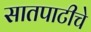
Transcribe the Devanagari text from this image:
सातपाटीचे